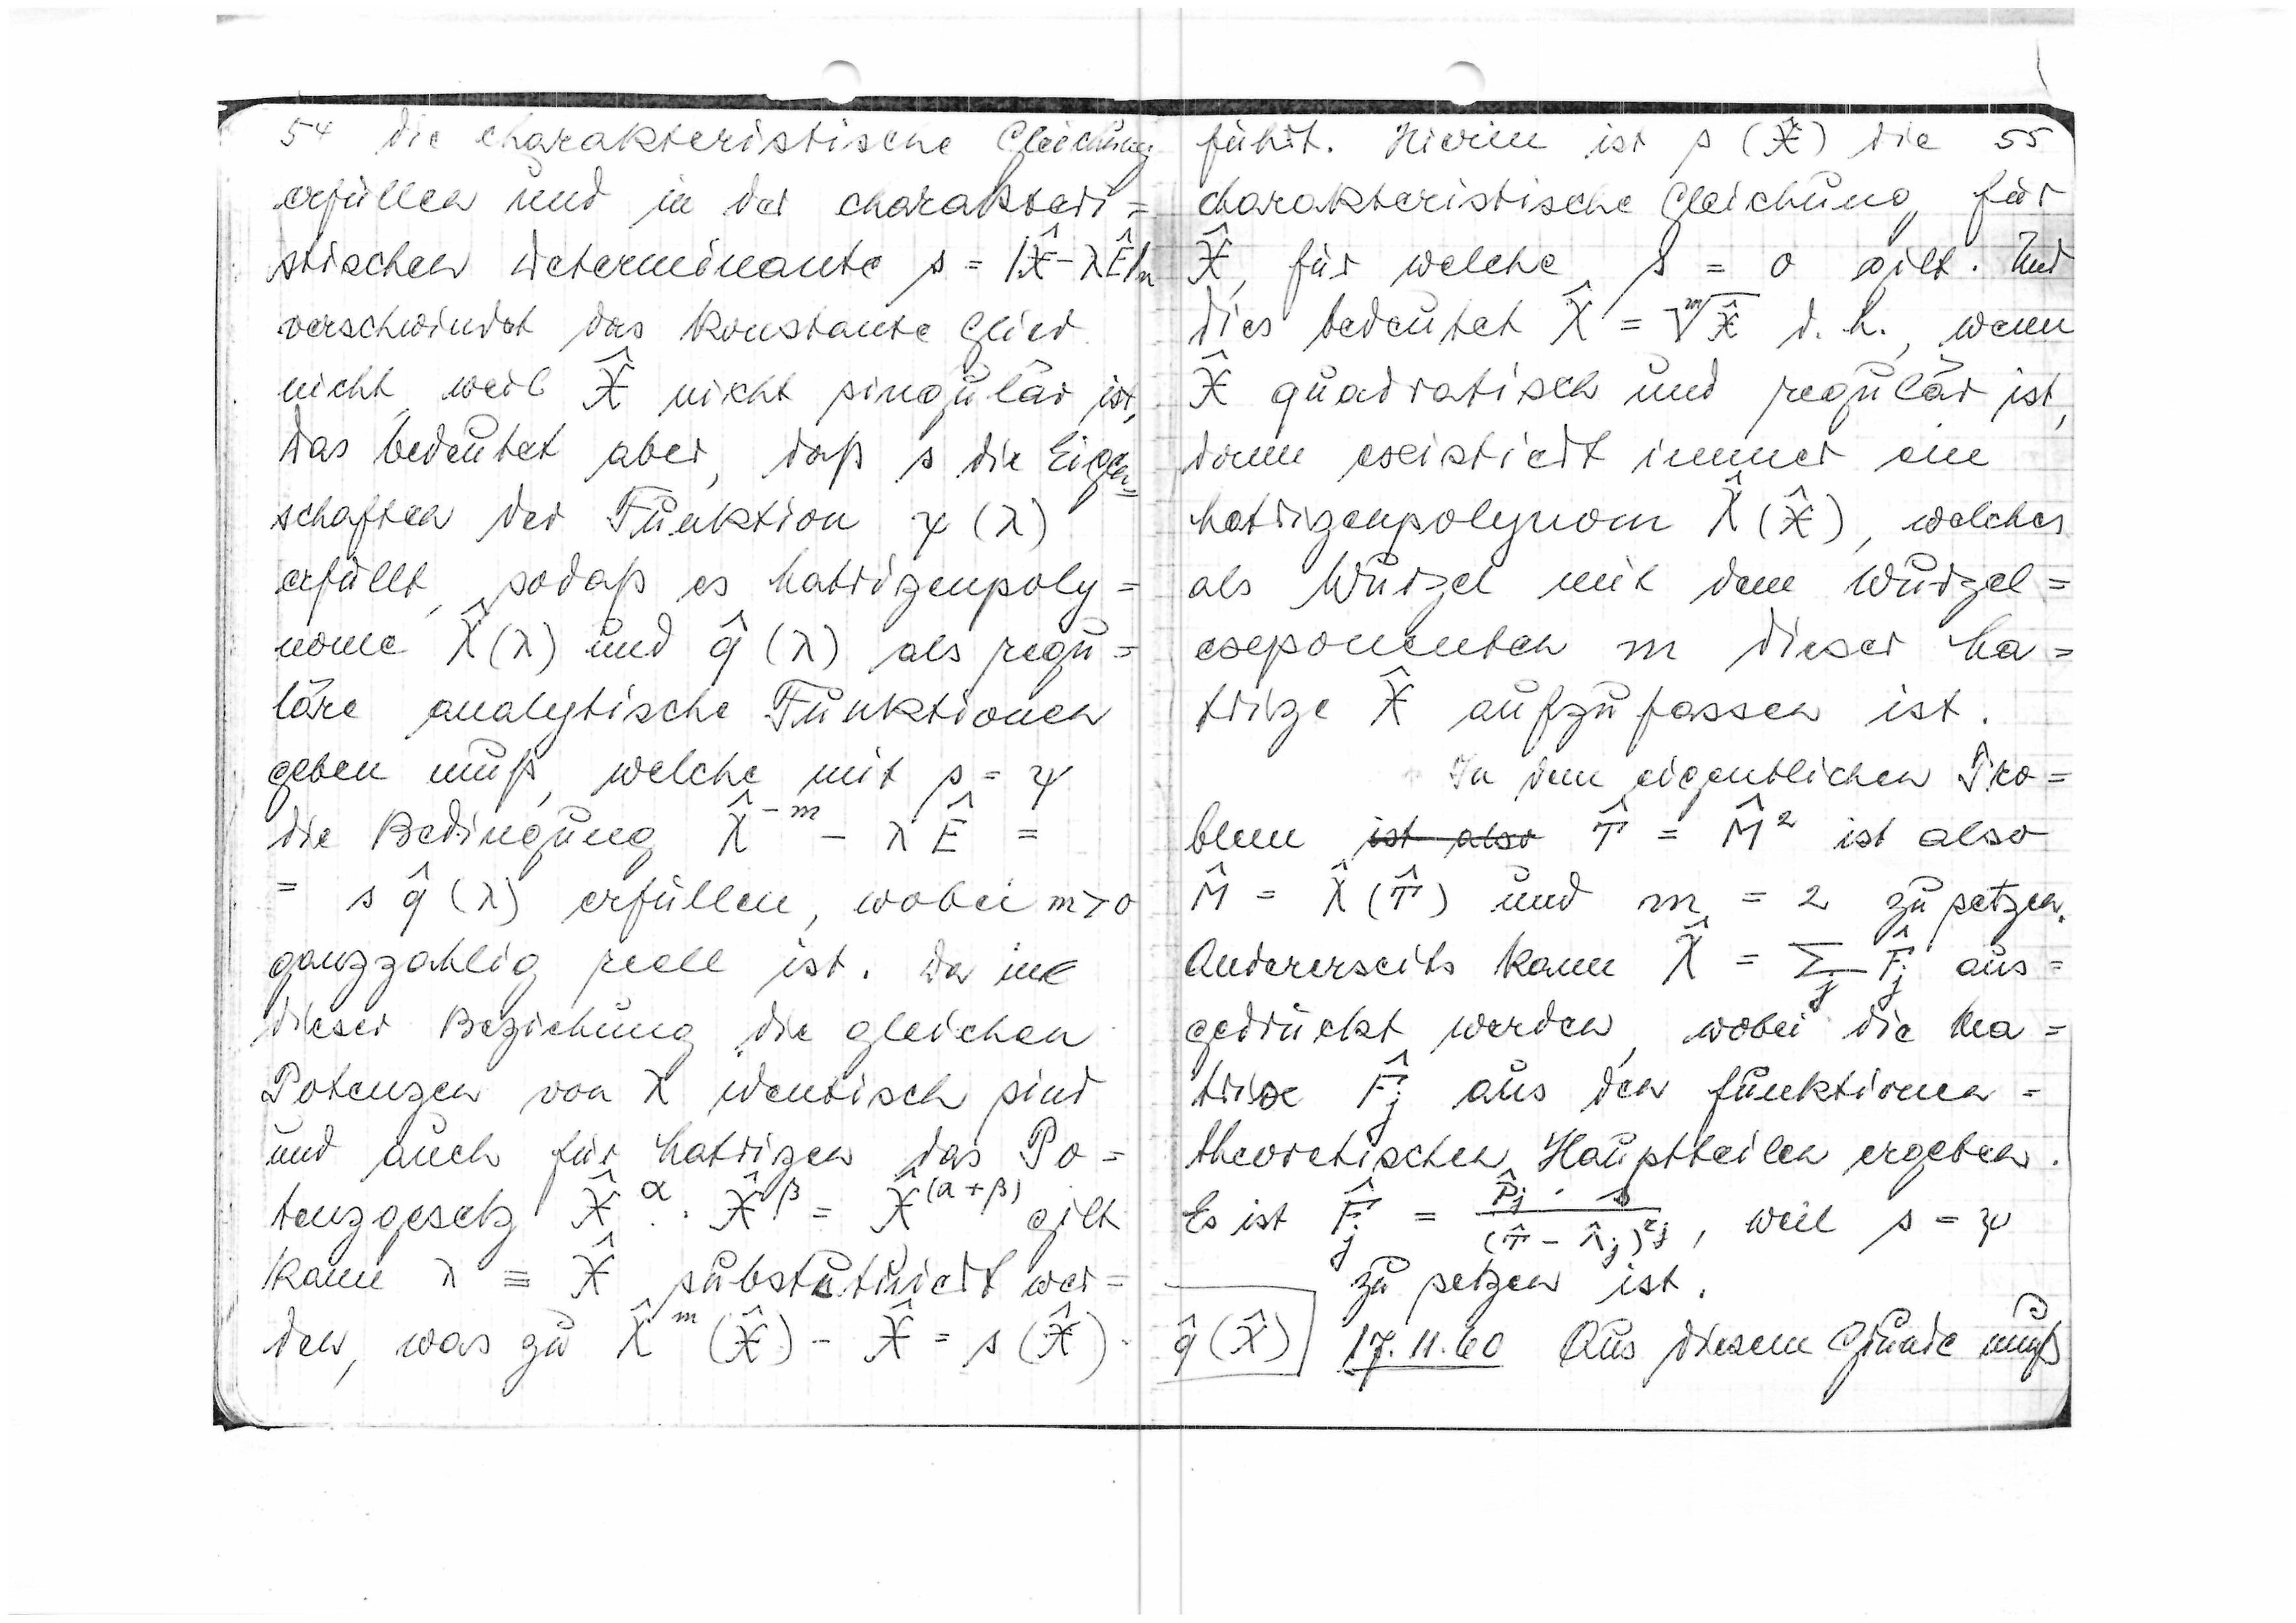
54
die charakteristische Gleichung
erfüllen und in der charakteri=
stischen Determinante

verschwindet das konstante Glied
nicht, weil

nicht singular ist.
Das bedeutet aber,
daß s die Eigen
schaften der Funktion ψ(λ)
erfüllt, sodaß es Matrizenpoly=
nome

und

als regu=
läre analytische Funktionen
geben muß, welche mit

die Bedingung

erfüllen, wobei m>0
ganzzahlig reell ist. Der in
dieser Beziehung die gleichen
Potenzen von χ identisch sind
und auch für MAtrizen das Po
tenzgesetz

gilt
kann

substituiert wer=

den, was zu

führt. Hierin ist

die
55
charakteristische Gleichung für

für welche s=0 gilt. Und
dies bedeutet

d.h. wenn

quadratisch und regulrä ist,
dann existiert immer eine
Matrizenpolynom

welches
=
als Wurzel mit dem Wurzel
exponenten m dieser Ma=
trize

aufzufassen ist.
In dem eigentlichen Pro=
blem
ist also

ist also

und m=2 zu setzen.
^
=
Andererseits kann

aus
gedrückt werden, wobei die Ma=
trize

aus den funktionen=
theoretischen Hauptteilen ergeben.

Es ist

weil

zu setzen ist.

17.11.60 Aus diesem Grunde muß